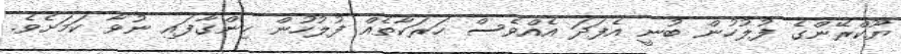
ޔޫކްރޭންގެ ފުލުހުން ބުނީ އެފަދަ އެއްވެސް ހަރަކާތެއް ފުލުހުން ހިންގާފައި ނުވާ ކަމަށެވެ.